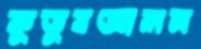
কুতুবআলম